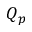
Q _ { p }